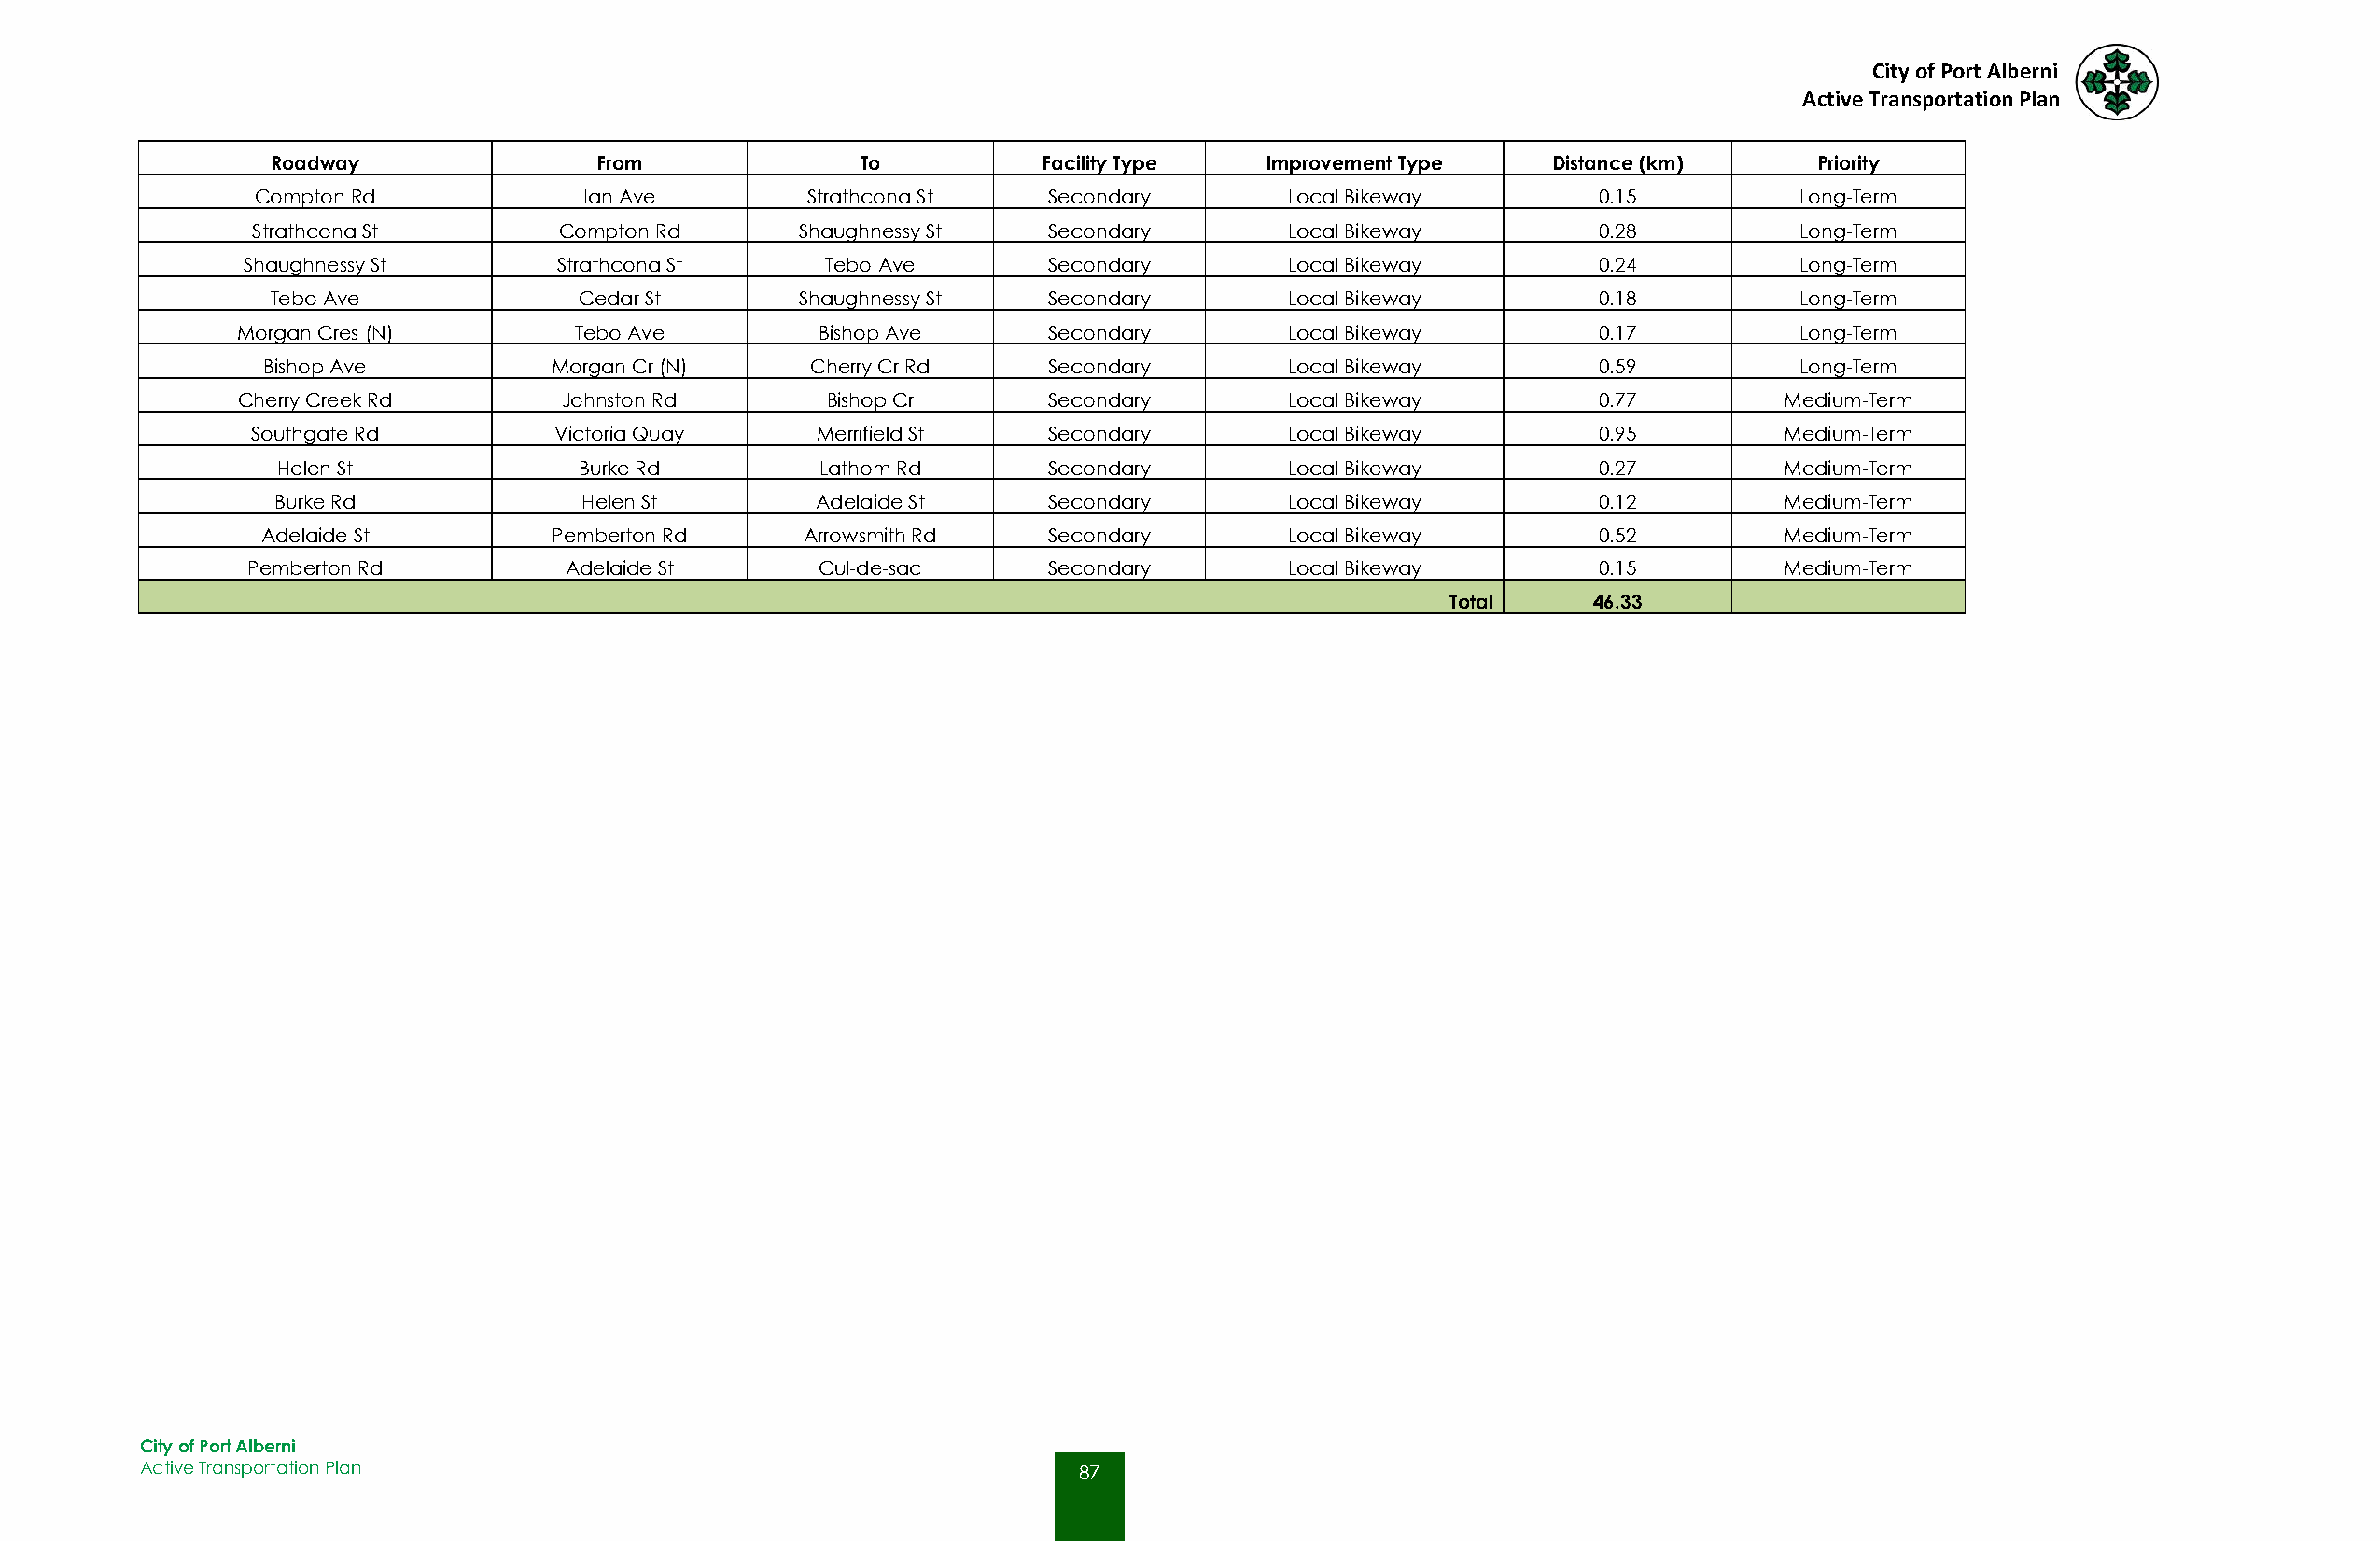
City of Port Alberni
 Active Transportation Plan
 Roadway                From               To           Facility Type   Improvement Type    Distance (km)      Priority
 Compton Rd             Ian Ave         Strathcona St    Secondary        Local Bikeway         0.15           Long-Term
 Strathcona St         Compton Rd       Shaughnessy St   Secondary        Local Bikeway         0.28           Long-Term
 Shaughnessy St        Strathcona St       Tebo Ave       Secondary        Local Bikeway         0.24           Long-Term
 Tebo Ave              Cedar St        Shaughnessy St   Secondary        Local Bikeway         0.18           Long-Term
 Morgan Cres (N)         Tebo Ave         Bishop Ave      Secondary        Local Bikeway         0.17           Long-Term
 Bishop Ave          Morgan Cr (N)     Cherry Cr Rd     Secondary        Local Bikeway         0.59           Long-Term
 Cherry Creek Rd        Johnston Rd        Bishop Cr      Secondary        Local Bikeway         0.77          Medium-Term
 Southgate Rd         Victoria Quay      Merrifield St   Secondary        Local Bikeway         0.95          Medium-Term
 Helen St             Burke Rd         Lathom Rd       Secondary        Local Bikeway         0.27          Medium-Term
 Burke Rd              Helen St         Adelaide St     Secondary        Local Bikeway         0.12          Medium-Term
 Adelaide St         Pemberton Rd      Arrowsmith Rd    Secondary        Local Bikeway         0.52          Medium-Term
 Pemberton Rd          Adelaide St       Cul-de-sac      Secondary        Local Bikeway         0.15          Medium-Term
 Total     46.33
 City of Port Alberni
 Active Transportation Plan                                         87
 87